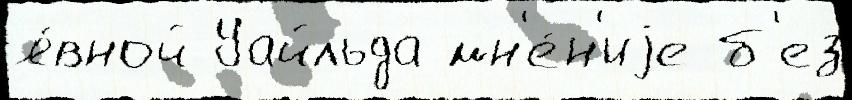
я́вной Уайльда мн'е́н'иjе б'ез